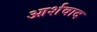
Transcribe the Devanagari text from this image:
आर्शवाद